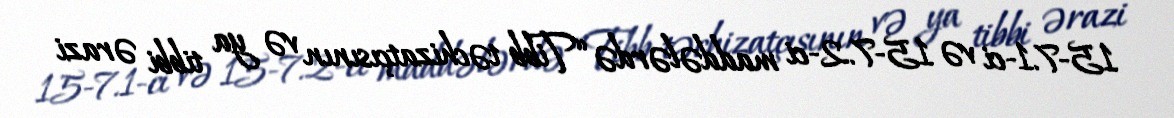
15-7.1-ci və 15-7.2-ci maddələrdə “Tibb təchizatçısının və ya tibbi ərazi